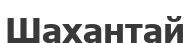
Шахантай